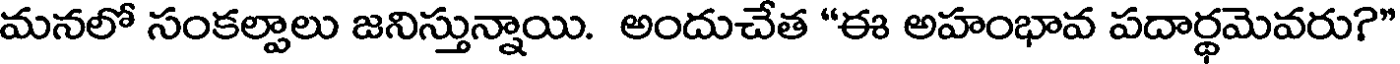
మనలో సంకల్పాలు జనిస్తున్నాయి. అందుచేత "ఈ అహంభావ పదార్థమెవరు?"